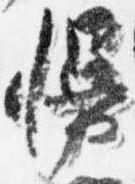
幔